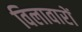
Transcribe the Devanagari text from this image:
विलावारों